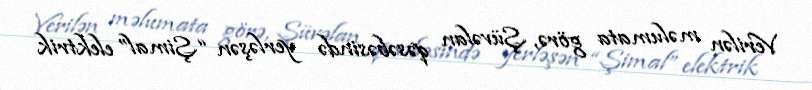
Verilən məlumata görə, Şüvəlan qəsəbəsində yerləşən “Şimal” elektrik